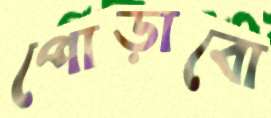
পোড়াবো